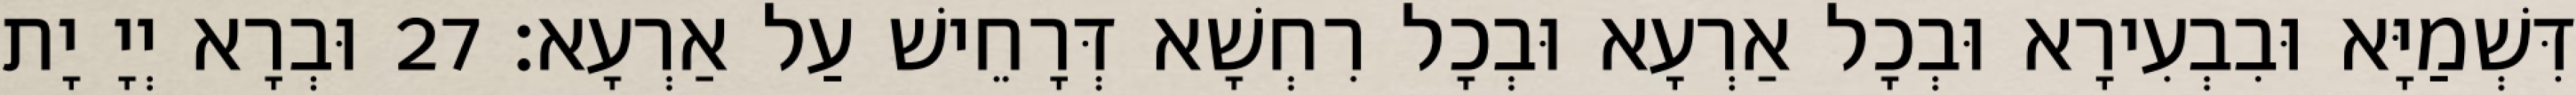
דִּשְׁמַיָּא וּבִבְעִירָא וּבְכָל אַרְעָא וּבְכָל רִחְשָׁא דְּרָחֵישׁ עַל אַרְעָא׃ 27 וּבְרָא יְיָ יָת